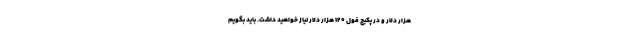
هزار دلار و در پکیج فول ۱۲۰ هزار دلار نیاز خواهید داشت. باید بگویم